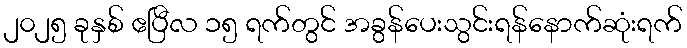
၂၀၂၅ ခုနှစ် ဧပြီလ ၁၅ ရက်တွင် အခွန်ပေးသွင်းရန်နောက်ဆုံးရက်